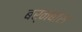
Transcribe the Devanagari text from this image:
बर्नबास